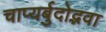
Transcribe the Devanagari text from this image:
चाप्यर्बुदोद्भवा